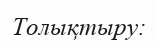
Толықтыру: